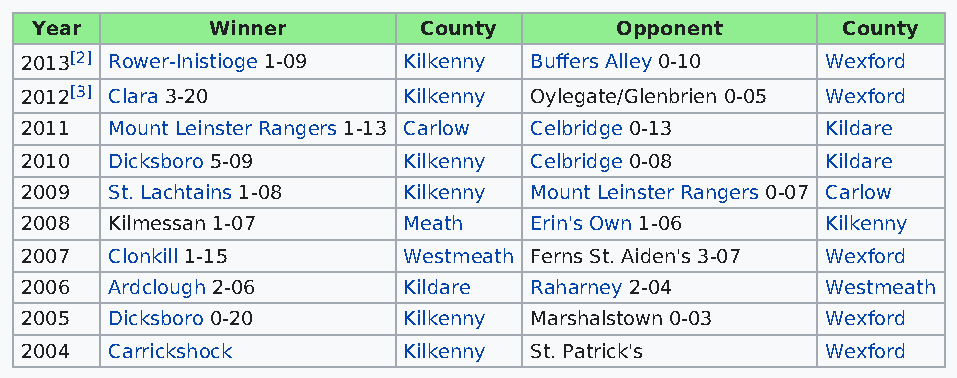
Year        Winner        County       Opponent       County
 2013[2] Rower-Inistioge 1-09 Kilkenny Buffers Alley 0-10 Wexford
 2012[3] Clara 3-20        Kilkenny Oylegate/Glenbrien 0-05 Wexford
 2011  Mount Leinster Rangers 1-13 Carlow Celbridge 0-13 Kildare
 2010  Dicksboro 5-09      Kilkenny Celbridge 0-08     Kildare
 2009  St. Lachtains 1-08  Kilkenny Mount Leinster Rangers 0-07 Carlow
 2008  Kilmessan 1-07      Meath   Erin's Own 1-06     Kilkenny
 2007  Clonkill 1-15       Westmeath Ferns St. Aiden's 3-07 Wexford
 2006  Ardclough 2-06      Kildare Raharney 2-04       Westmeath
 2005  Dicksboro 0-20      Kilkenny Marshalstown 0-03  Wexford
 2004  Carrickshock        Kilkenny St. Patrick's      Wexford